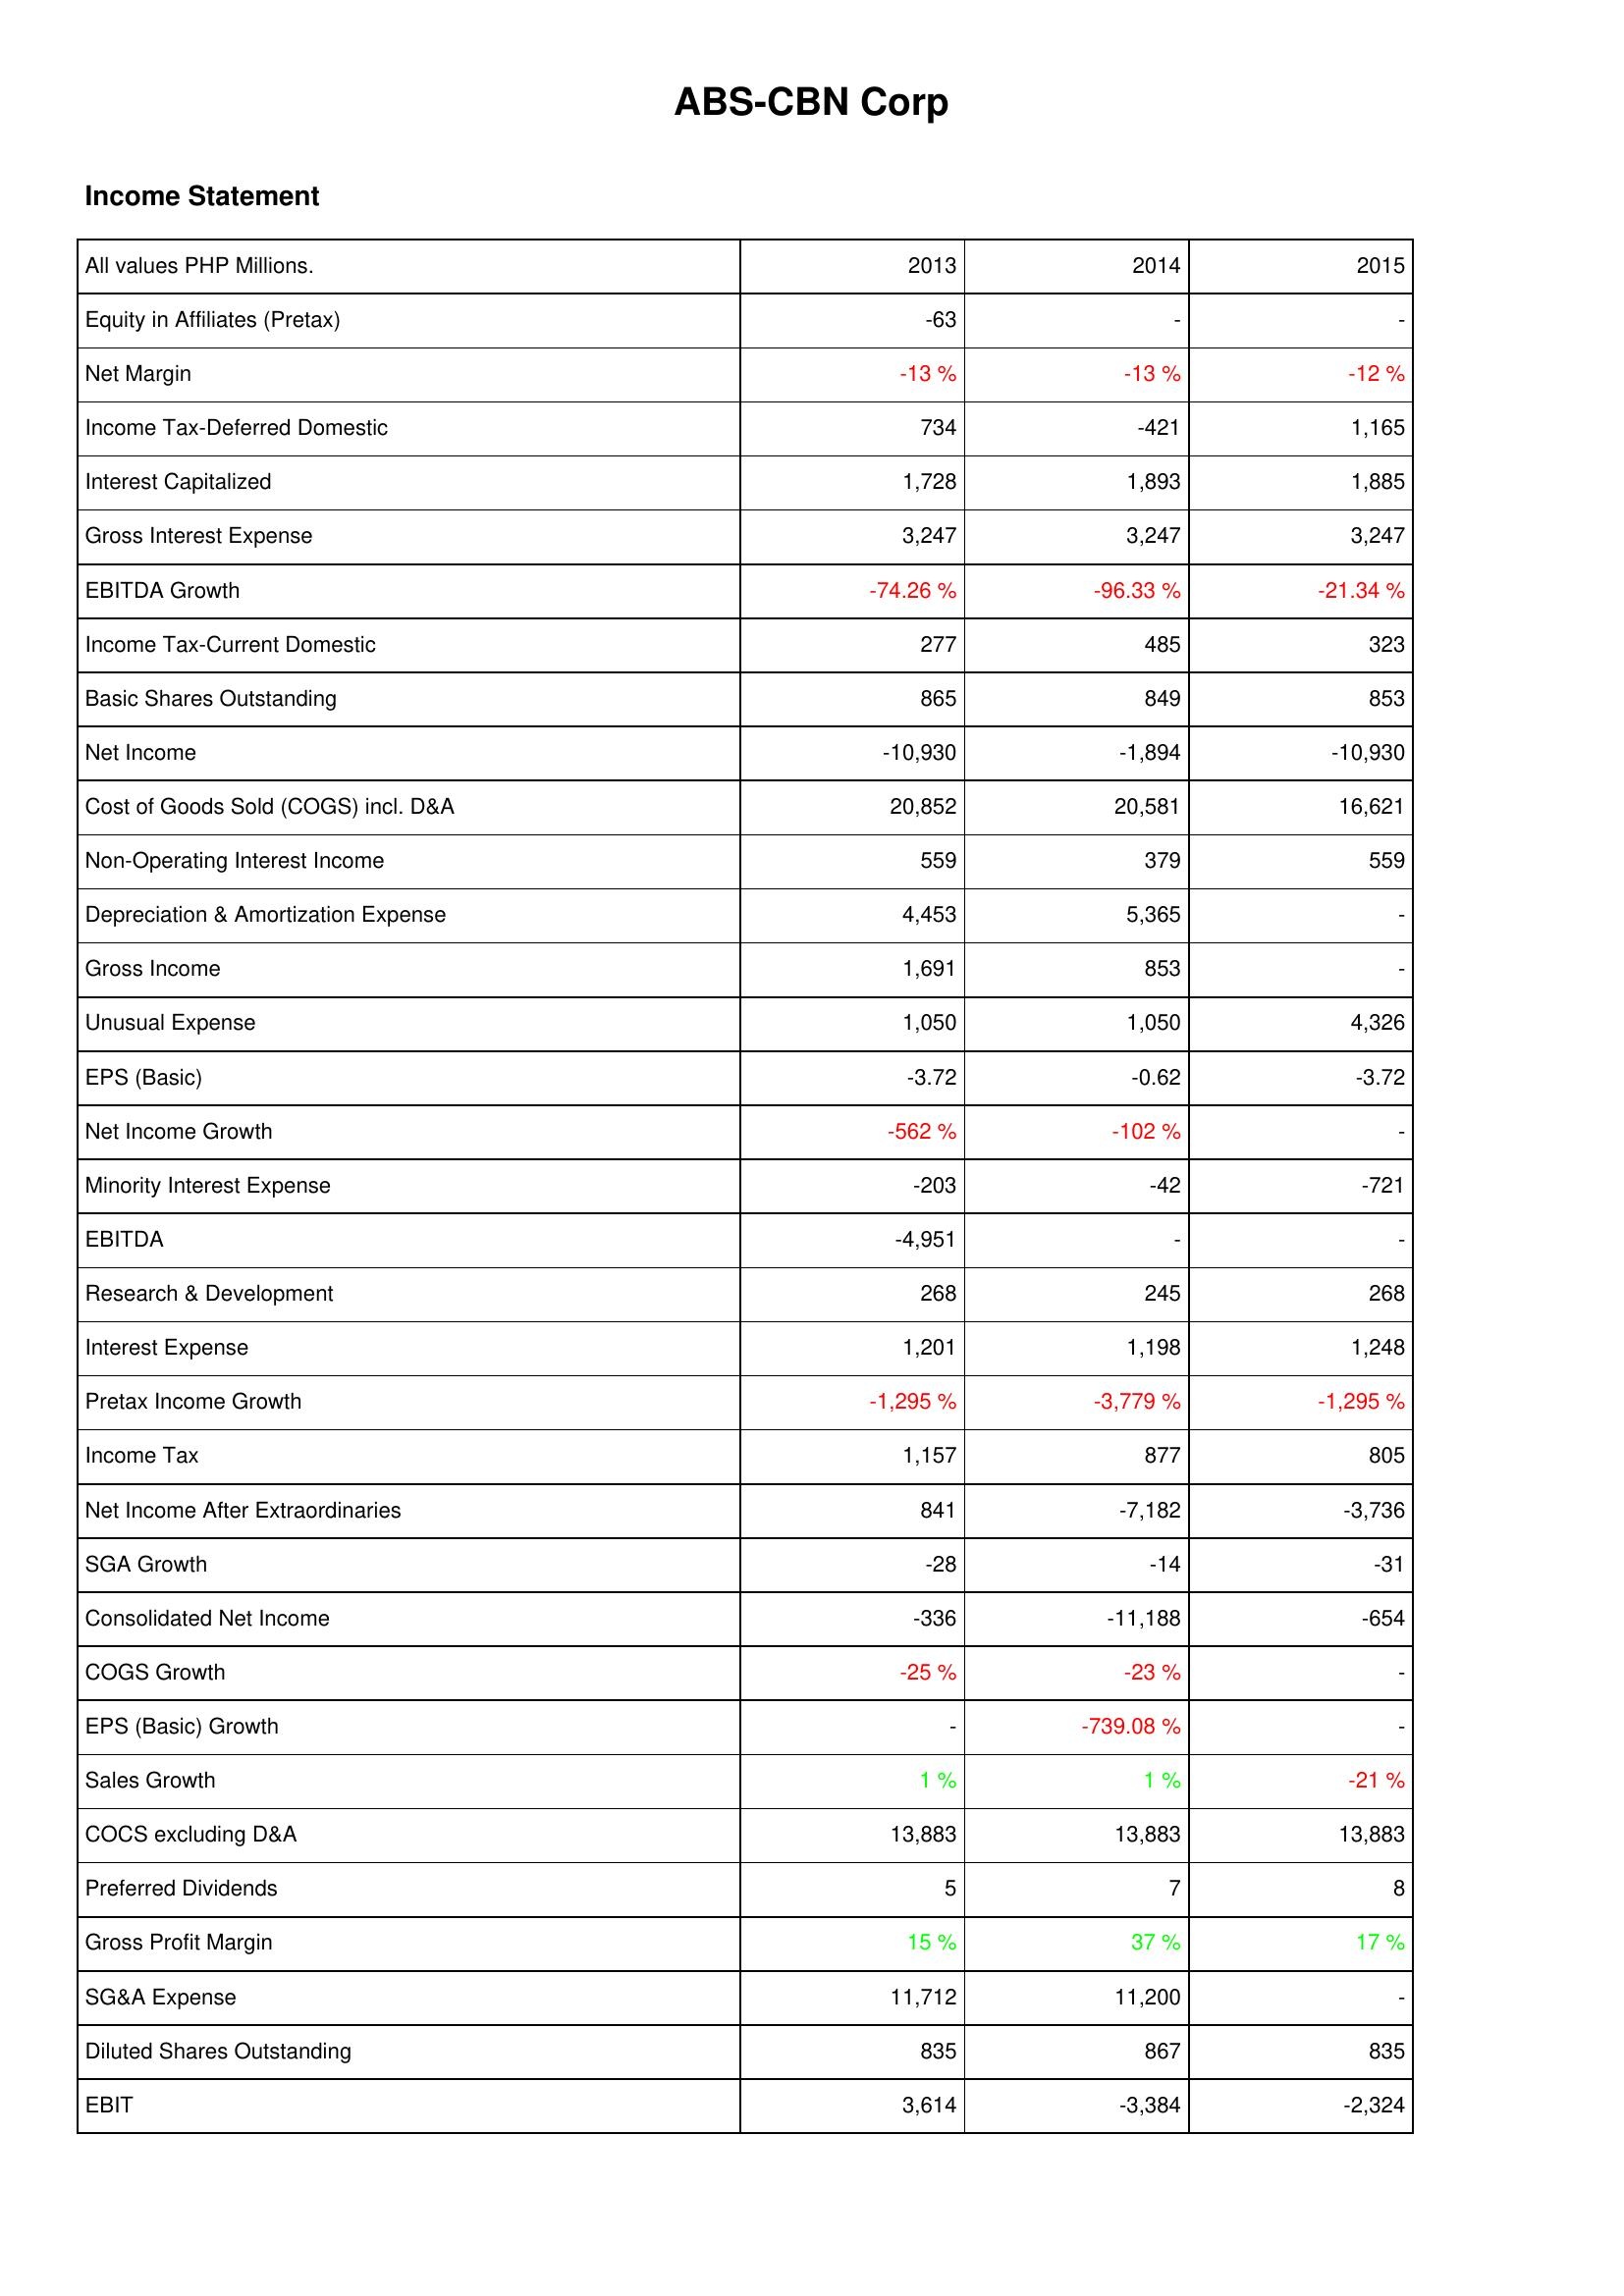
2013: Income Statement: Equity in Affiliates (Pretax): -63
Net Margin: -13 %
Income Tax-Deferred Domestic: 734
Interest Capitalized: 1,728
Gross Interest Expense: 3,247
EBITDA Growth: -74.26 %
Income Tax-Current Domestic: 277
Basic Shares Outstanding: 865
Net Income: -10,930
Cost of Goods Sold (COGS) incl. D&A: 20,852
Non-Operating Interest Income: 559
Depreciation & Amortization Expense: 4,453
Gross Income: 1,691
Unusual Expense: 1,050
EPS (Basic): -3.72
Net Income Growth: -562 %
Minority Interest Expense: -203
EBITDA: -4,951
Research & Development: 268
Interest Expense: 1,201
Pretax Income Growth: -1,295 %
Income Tax: 1,157
Net Income After Extraordinaries: 841
SGA Growth: -28
Consolidated Net Income: -336
COGS Growth: -25 %
EPS (Basic) Growth: -
Sales Growth: 1 %
COCS excluding D&A: 13,883
Preferred Dividends: 5
Gross Profit Margin: 15 %
SG&A Expense: 11,712
Diluted Shares Outstanding: 835
EBIT: 3,614
2014: Income Statement: Equity in Affiliates (Pretax): -
Net Margin: -13 %
Income Tax-Deferred Domestic: -421
Interest Capitalized: 1,893
Gross Interest Expense: 3,247
EBITDA Growth: -96.33 %
Income Tax-Current Domestic: 485
Basic Shares Outstanding: 849
Net Income: -1,894
Cost of Goods Sold (COGS) incl. D&A: 20,581
Non-Operating Interest Income: 379
Depreciation & Amortization Expense: 5,365
Gross Income: 853
Unusual Expense: 1,050
EPS (Basic): -0.62
Net Income Growth: -102 %
Minority Interest Expense: -42
EBITDA: -
Research & Development: 245
Interest Expense: 1,198
Pretax Income Growth: -3,779 %
Income Tax: 877
Net Income After Extraordinaries: -7,182
SGA Growth: -14
Consolidated Net Income: -11,188
COGS Growth: -23 %
EPS (Basic) Growth: -739.08 %
Sales Growth: 1 %
COCS excluding D&A: 13,883
Preferred Dividends: 7
Gross Profit Margin: 37 %
SG&A Expense: 11,200
Diluted Shares Outstanding: 867
EBIT: -3,384
2015: Income Statement: Equity in Affiliates (Pretax): -
Net Margin: -12 %
Income Tax-Deferred Domestic: 1,165
Interest Capitalized: 1,885
Gross Interest Expense: 3,247
EBITDA Growth: -21.34 %
Income Tax-Current Domestic: 323
Basic Shares Outstanding: 853
Net Income: -10,930
Cost of Goods Sold (COGS) incl. D&A: 16,621
Non-Operating Interest Income: 559
Depreciation & Amortization Expense: -
Gross Income: -
Unusual Expense: 4,326
EPS (Basic): -3.72
Net Income Growth: -
Minority Interest Expense: -721
EBITDA: -
Research & Development: 268
Interest Expense: 1,248
Pretax Income Growth: -1,295 %
Income Tax: 805
Net Income After Extraordinaries: -3,736
SGA Growth: -31
Consolidated Net Income: -654
COGS Growth: -
EPS (Basic) Growth: -
Sales Growth: -21 %
COCS excluding D&A: 13,883
Preferred Dividends: 8
Gross Profit Margin: 17 %
SG&A Expense: -
Diluted Shares Outstanding: 835
EBIT: -2,324